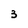
Character: 3